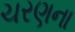
ચરણના